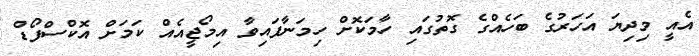
އެއީ މިދިޔަ އަހަރުގެ ބަހެއްގެ ގޮތުގައި ހާމަކޮށް ހިމަނާފައިވާ އިމޯޖީއެއް ކަމަށް އޮކްސްފޯޑް